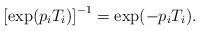
LaTeX: \begin{align*}\left[\exp(p_i T_i)\right]^{-1} = \exp(- p_i T_i).\end{align*}